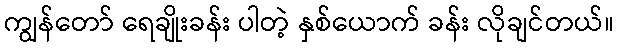
ကျွန်တော် ရေချိုးခန်း ပါတဲ့ နှစ်ယောက် ခန်း လိုချင်တယ်။